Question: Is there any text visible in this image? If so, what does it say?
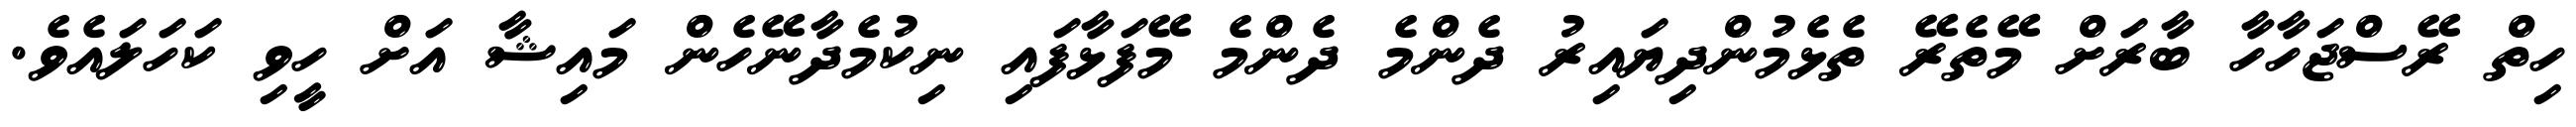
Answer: ހިތް ރޭސްޖަހާހާ ބާރަށް މޭތެރޭ ތެޅެމުންދިޔައިރު ދެންމެ ދެންމެ މޭފަޅާފައި ނިކުމެދާނޭހެން މައިޝާ އަށް ހީވި ކަހަލައެވެ.